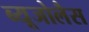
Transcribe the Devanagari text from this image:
ब्यूजोलैस